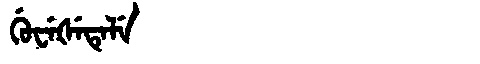
Manchu: ᡤᡠᠸᡝᡧᡝᡨᡝᠯᡝ
Romanization: GUWEŠETELE